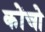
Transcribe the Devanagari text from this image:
कोंचो